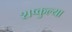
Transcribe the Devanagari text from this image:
शष्कुल्या